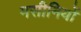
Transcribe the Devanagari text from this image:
मसीनियों